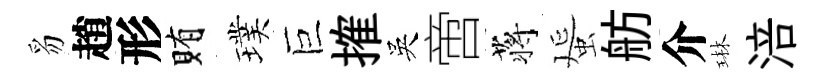
豸趙形賄璞巨搉吳啻蒋蜑舫介琳涪